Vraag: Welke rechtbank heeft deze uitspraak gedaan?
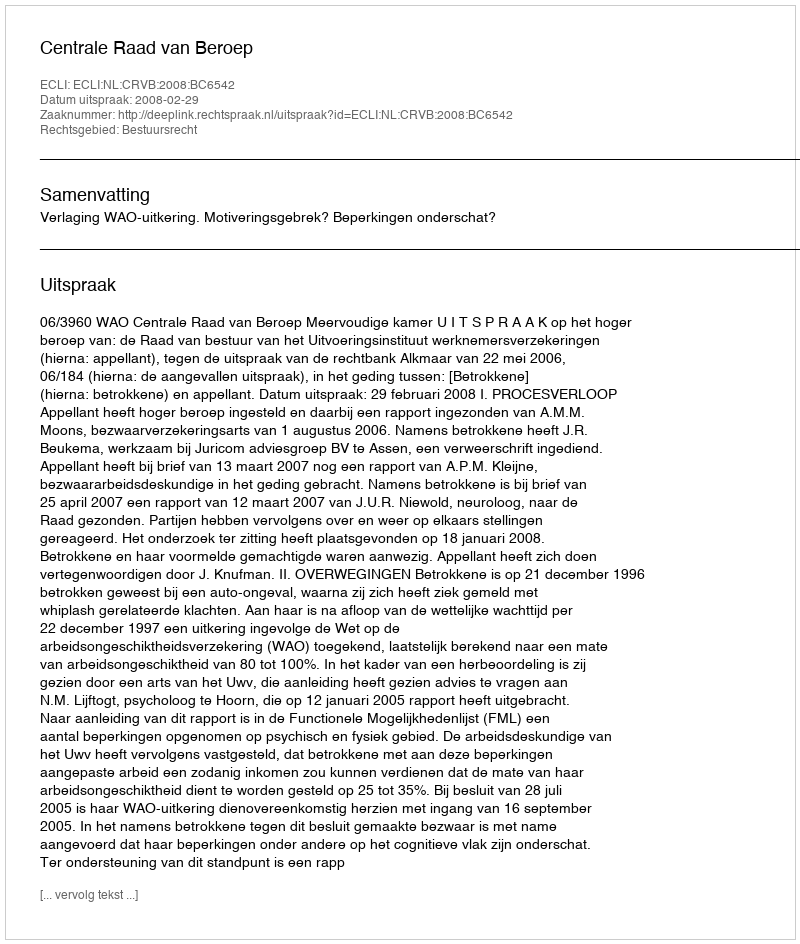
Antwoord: Centrale Raad van Beroep